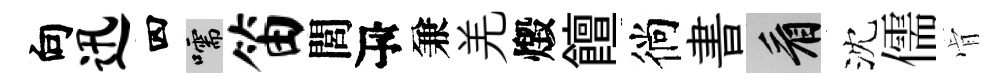
向迅四嚅笛閭瓴兼羌燬饘徜書看沈儒肻